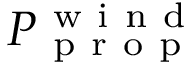
P _ { \mathrm { ~ p ~ r ~ o ~ p ~ } } ^ { \mathrm { ~ w ~ i ~ n ~ d ~ } }